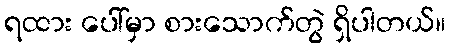
ရထား ပေါ်မှာ စားသောက်တွဲ ရှိပါတယ်။